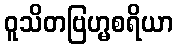
ဝူသိတဗြဟ္မစရိယာ